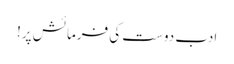
ادب دوست کی فرمائش پر!